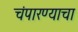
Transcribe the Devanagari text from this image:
चंपारण्याचा